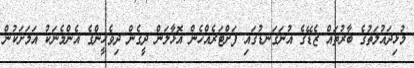
މުޅިދައުލަތުގެ ބާރުތައް ޒެޑޭގެ އުނަގަނޑުގައި ފަށްޓަރެއްހެން އޮޅާލަން ދީގެން ދިވެހީންގެ އެންމެނަކު އަމަށަކުން